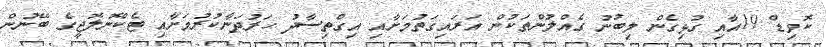
ކޮވިޑް 19އާއި ގުޅިގެން ލިބުނު ގެއްލުންތަކުން އަރައިގަތުމަށާއި އިގްތިސާދު ހަރުދަނާކުރުމަށާއި ޓެކްނޮލޮޖީގެ ބޭނުން